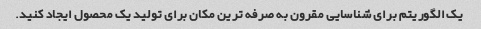
یک الگوریتم برای شناسایی مقرون به صرفه ترین مکان برای تولید یک محصول ایجاد کنید.